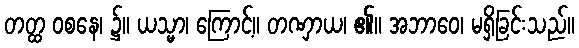
တတ္ထ ဝစနေ၊ ၌။ ယသ္မာ၊ ကြောင့်။ တဏှာယ၊ ၏။ အဘာဝေ၊ မရှိခြင်းသည်။